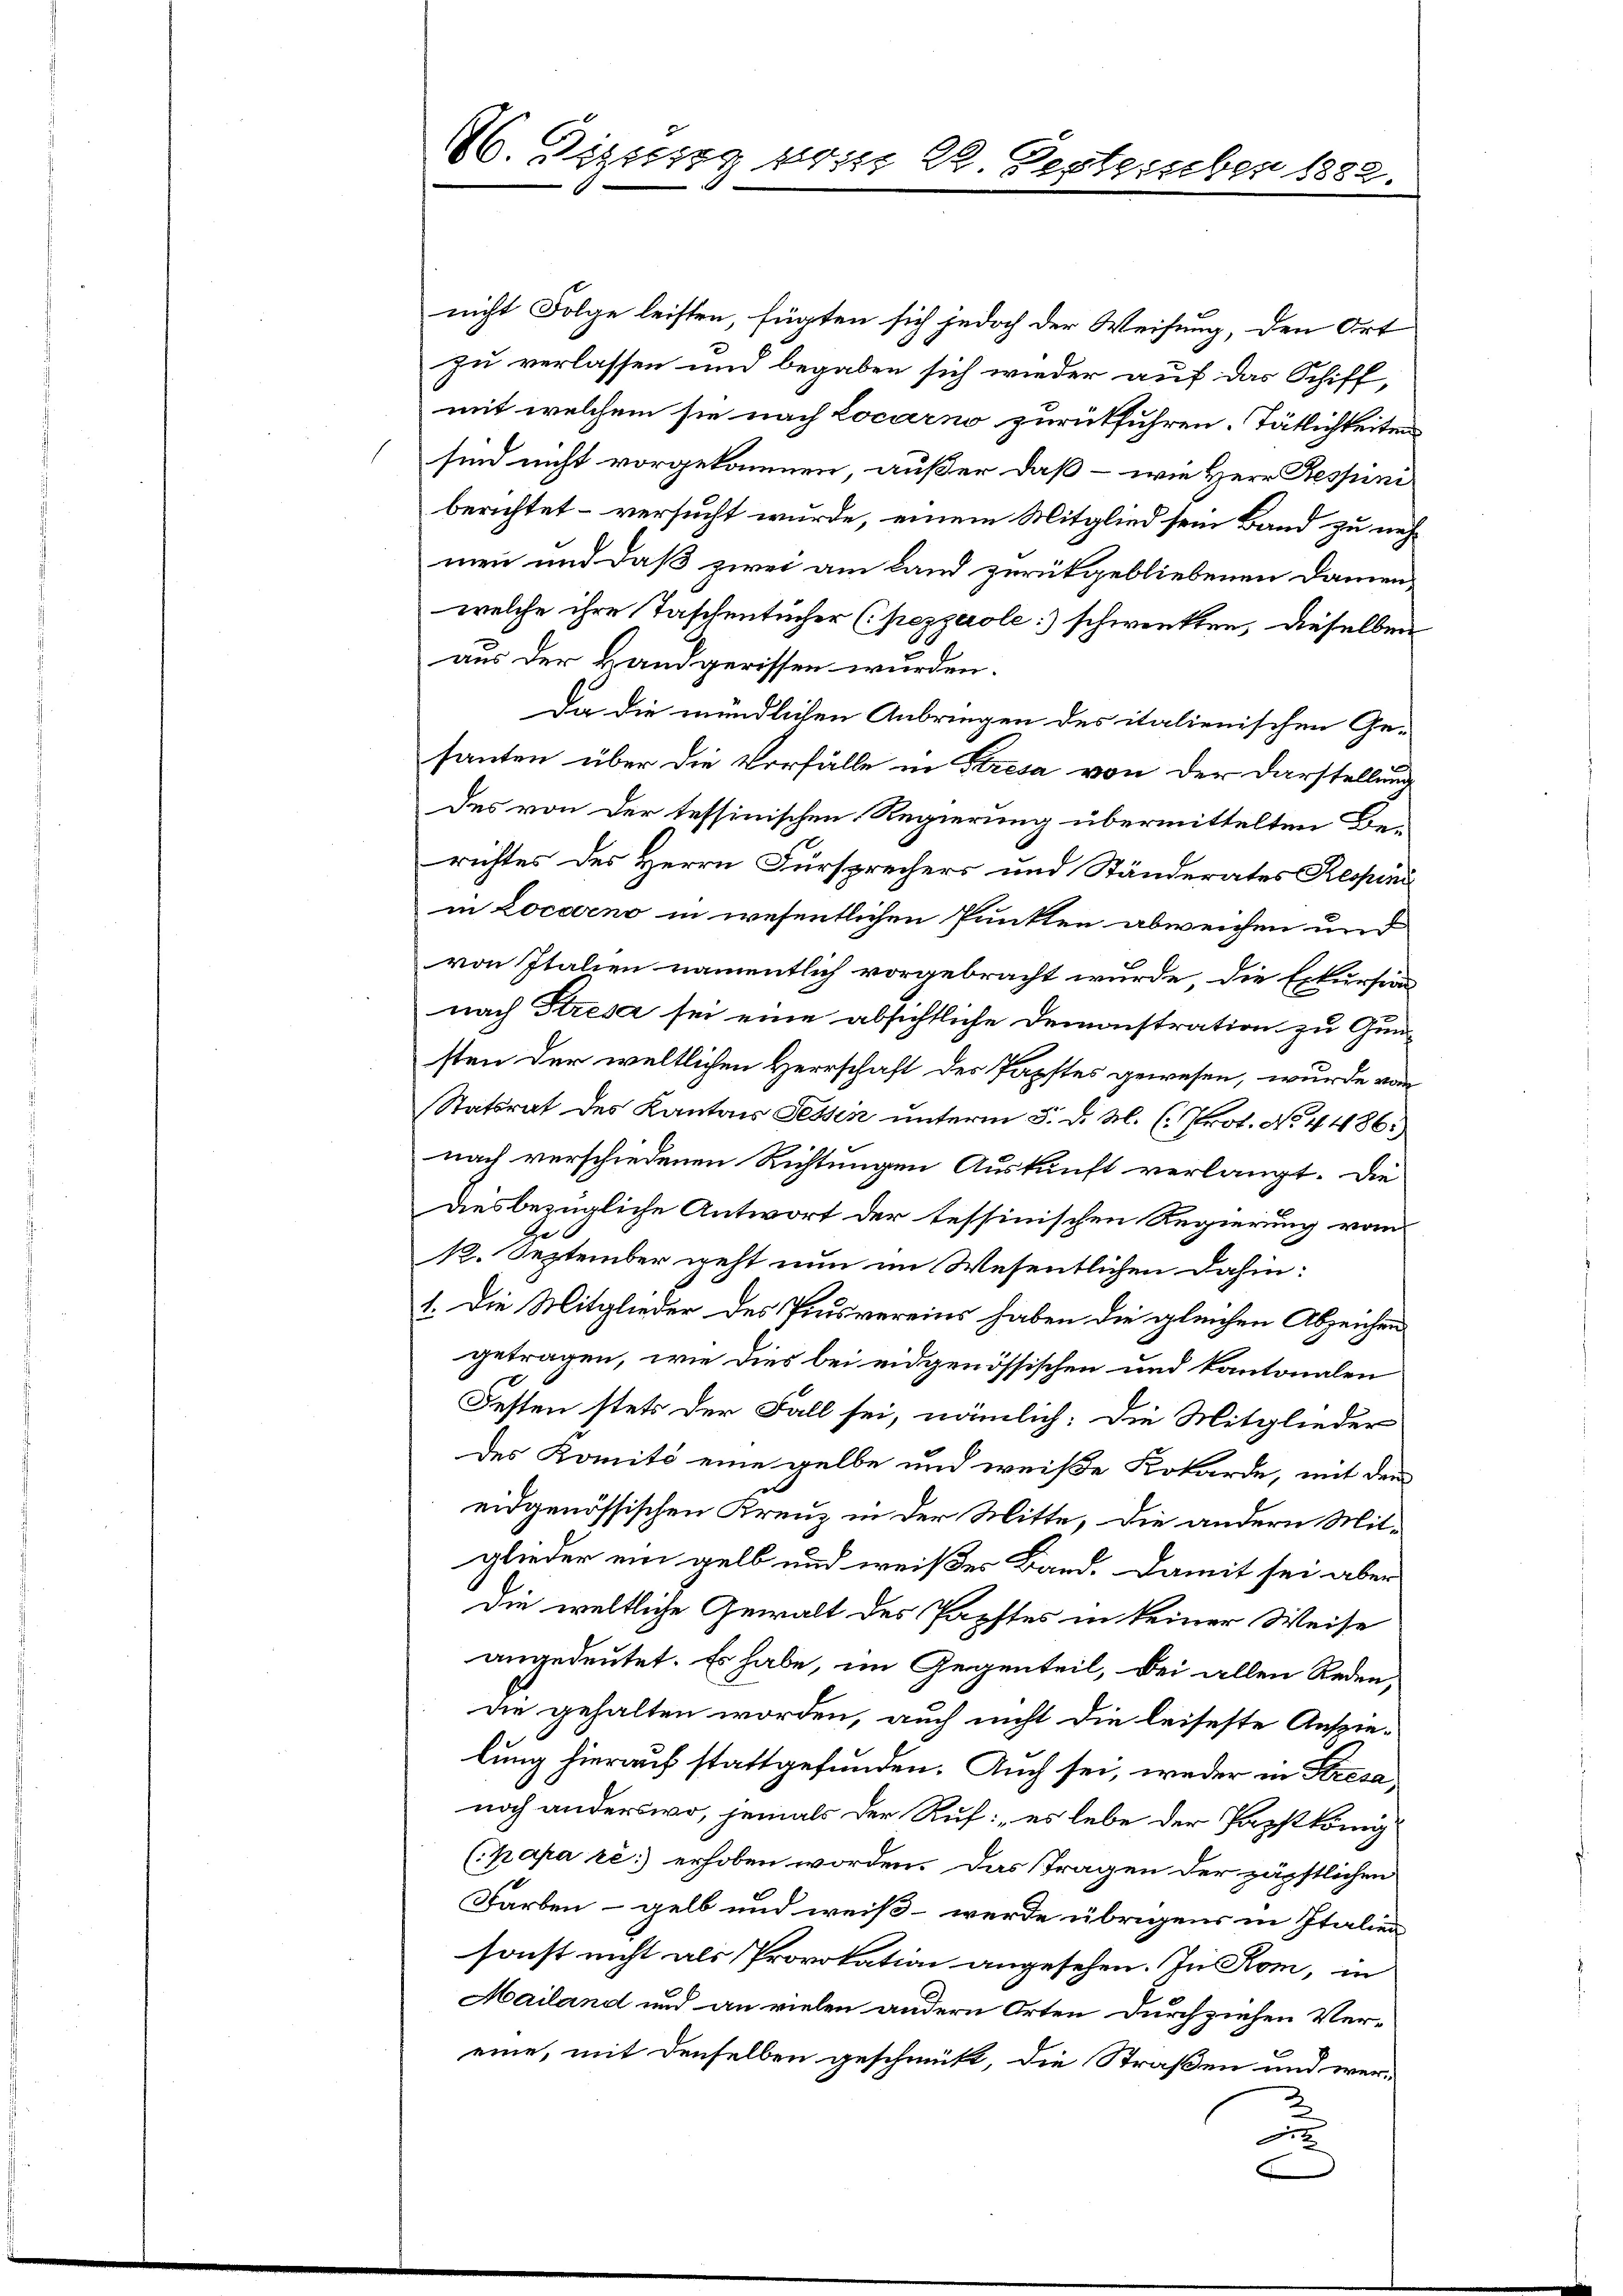
26. Dizung vom 22. September 1882.

nicht Folge leisten, fügten sich jedoch der Weisung, den Ort
zu verlassen und begaben sich wieder auf das Schiff,
mit welchem sie nach Locarno zurückführen. Tätlichkeiten
sind nicht vorgekommen, außer daß – wie Herr Ressun
berichtet – versucht wurde, einem Mitglied sein Band zu nehmen und daß zwei am Land zurückgebliebenen Damen,
welche ihre Taschentücher (pezzerole:) schwenkten, dieselben
aus der Handgerissen wurden.
Da die mündlichen Anbringen des italienischen Ge-
santen über die Vorfälle in Stresa von der Darstellung
des von der tessinischen Regierung übermittelten Berichtes des Herrn Fürsprechers und Ständerates Respind
in Locarno in wesentlichen Punkten abweichen und
von Italien namentlich vorgebracht wurde, die Exkursion
nach Stresa sei eine absichtliche Demonstration zu Gunsten der weltlichen Herrschaft des Papstes gewesen, wurde von
Statsrat des Kantons Tessin unterm 5. d. M. (Prot. No. 4486,
nach verschiedenen Richtungen Auskunft verlangt. Die
Diesbezügliche Antwort der tessinischen Regierung vom
12. September geht nun im Wesentlichen dahin:
1. Die Mitglieder des Piusvereins haben die gleichen Abzeichen
getragen, wie dies bei eidgenössischen und kantonalen
Festen stets der Fall sei, nämlich: Die Mitglieder
des Komité eine gelbe und weiße Kobarde, mit dem
eidgenössischen Kreuz in der Mitte, die andern Mit-
glieder ein gelb und weißes Band. Damit sei aber
die weltliche Gewalt des Papstes in keiner Weise
angedeutet. Es habe, im Gegenteil, bei allen Reden,
die gehalten worden, auch nicht die leiseste Auszielung hierauf stattgefunden. Auch sei, weder in Stresa,
noch anderswo, jemals der Auf: es lebe der Papstkönig
(papa ré:) erhoben worden. Das Tragen der zägstlichen
Farben – gelb und weiß werde übrigens in Italien
sonst nicht als Provokation angesehen. In Rom, in
Mailand und an vielen andern Orten durchziehen Vereine, mit denselben geschmückt, die Straßen und wer¬
u
F